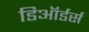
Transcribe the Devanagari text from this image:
डिऑर्डर्स